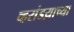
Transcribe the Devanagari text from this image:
व्हरांडय़ाच्या